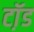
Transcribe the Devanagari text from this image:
टॉ़ड